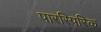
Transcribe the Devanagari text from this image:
पारस्पिरिक